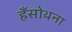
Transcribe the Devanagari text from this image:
हँसोथना